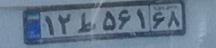
۱۲ط۵۶۱۶۸